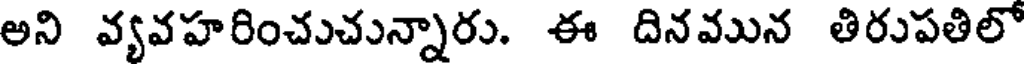
అని వ్యవహరించుచున్నారు. ఈ దినమున తిరుపతిలో